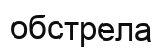
обстрела